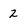
Character: 2